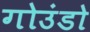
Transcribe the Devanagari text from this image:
गोउंडो